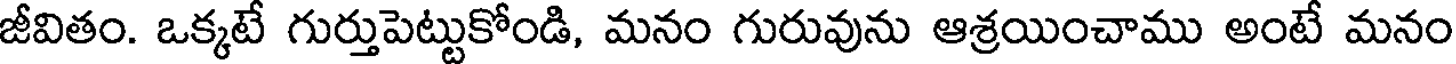
జీవితం. ఒక్కటే గుర్తుపెట్టుకోండి, మనం గురువును ఆశ్రయించాము అంటే మనం